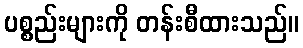
ပစ္စည်းများကို တန်းစီထားသည်။